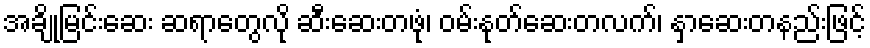
အချို့မြင်းဆေး ဆရာတွေလို ဆီးဆေးတဖုံ၊ ဝမ်းနုတ်ဆေးတလက်၊ နှာဆေးတနည်းဖြင့်